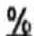
%